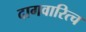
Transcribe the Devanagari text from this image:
दागवारित्च